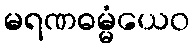
မရဏဓမ္မံယေဝ